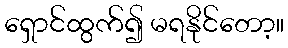
ရှောင်ထွက်၍ မရနိုင်တော့။